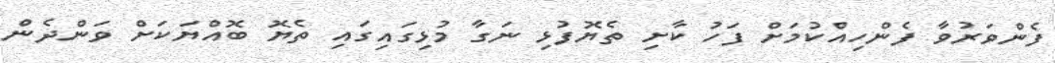
ފެންވަރުވާ ފެންހިއްކުމަށް ފަހު ކާށި ތެޔޮފުޅި ނަގާ މުޅިގައިގައި ތެޔޮ ބޮއްޔަކަށް ވަންދެން